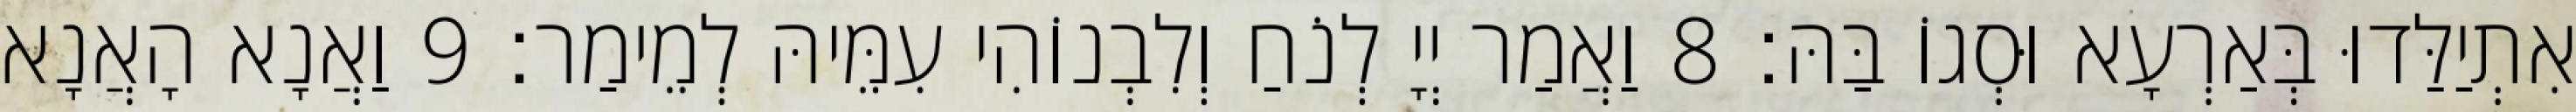
אִתְיַלַּדוּ בְּאַרְעָא וּסְגוֹ בַּהּ׃ 8 וַאֲמַר יְיָ לְנֹחַ וְלִבְנוֹהִי עִמֵּיהּ לְמֵימַר׃ 9 וַאֲנָא הָאֲנָא